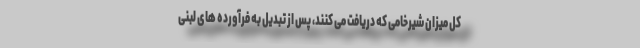
کل میزان شیرخامی که دریافت می کنند، پس از تبدیل به فرآورده های لبنی